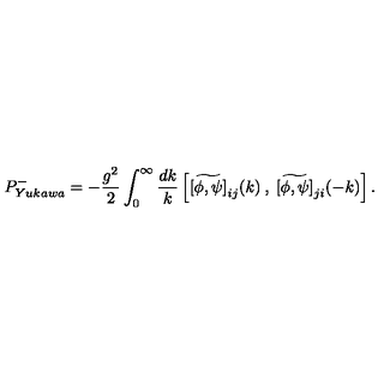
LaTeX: P _ { Y u k a w a } ^ { - } = - \frac { g ^ { 2 } } { 2 } \int _ { 0 } ^ { \infty } \frac { d k } { k } \left[ \widetilde { [ \phi , \psi ] } _ { i j } ( k ) \: , \: \widetilde { [ \phi , \psi ] } _ { j i } ( - k ) \right] .